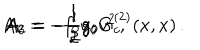
A _ { 1 } = - f _ { 0 } v \, , \hspace { 1 c m } A _ { 2 } = - \frac { 1 } { 2 } g _ { 0 } v ^ { 2 } \, , \hspace { 1 c m } A _ { 3 } = - \frac { 1 } { 2 } g _ { 0 } G _ { c } ^ { ( 2 ) } ( x , x ) \, .